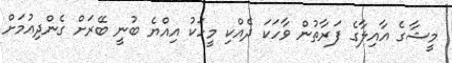
މީޝާގެ އާއިލާގެ ފަރާތުން ވާހަކަ ދެއްކި މީހަކު އިއްޔެ ބުނީ ބޭރަށް ގެންދިއުމަށް